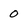
Character: 0